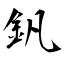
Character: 釩